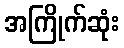
အကြိုက်ဆုံး